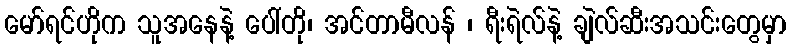
မော်ရင်ဟိုက သူအနေနဲ့ ပေါ်တို၊ အင်တာမီလန် ၊ ရီးရဲလ်နဲ့ ချဲလ်ဆီးအသင်းတွေမှာ